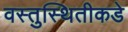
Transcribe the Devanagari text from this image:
वस्तुस्थितीकडे